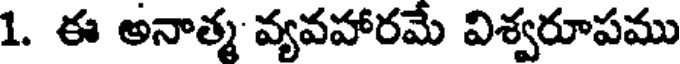
1. ఈ అనాత్మ వ్యవహారమే విశ్వరూపము